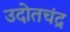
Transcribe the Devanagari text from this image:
उदोतचंद्र